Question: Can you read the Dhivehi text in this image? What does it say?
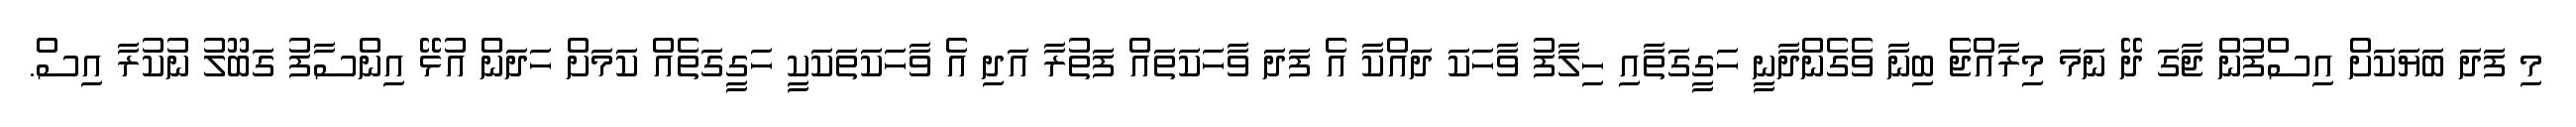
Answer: މި ފަދަ ބަޔަކަށް އިސްފުން ޖާގަ ދޭ ނަމަ މިރާއްޖެ ބިނާ ވެގެންދާނީ ހަގީގަތާއި ހިލާފު ވާހަކަ ދައްކާ އެ ފަދަ ވާހަކަތައް ފަތުރާ އަދި އެ ވާހަކަތަކަކީ ހަގީގަތެއް ކަމަށް ހަދަން އުޅޭ އިންސާފު ގަބޫލު ނުކުރާ އިސް.